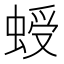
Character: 𧌅